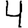
Digit: 4